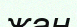
жан